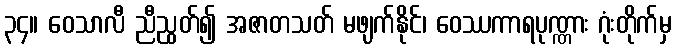
၃၄။ ဝေသာလီ ညီညွတ်၍ အဇာတသတ် မဖျက်နိုင်၊ ဝေဿကာရပုဏ္ဏား ဂုံးတိုက်မှ